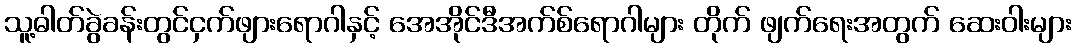
သူ့ဓါတ်ခွဲခန်းတွင်ငှက်ဖျားရောဂါနှင့် အေအိုင်ဒီအက်စ်ရောဂါများ တိုက် ဖျက်ရေးအတွက် ဆေးဝါးများ